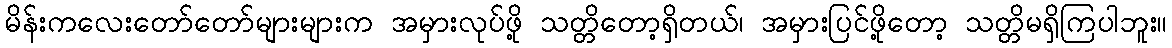
မိန်းကလေးတော်တော်များများက အမှားလုပ်ဖို့ သတ္တိတော့ရှိတယ်၊ အမှားပြင်ဖို့တော့ သတ္တိမရှိကြပါဘူး။